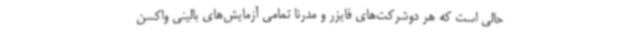
حالی است که هر دوشرکت‌های فایزر و مدرنا تمامی آزمایش‌های بالینی واکسن